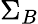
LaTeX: \Sigma_{B}